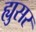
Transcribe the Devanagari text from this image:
ह्युसर